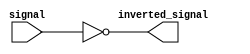
module inverter(
    input signal,
    output inverted_signal
);

assign inverted_signal = ~signal;

endmodule